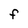
Character: f